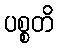
ပစ္စတိ